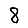
Digit: 8